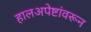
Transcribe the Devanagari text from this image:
हालअपेष्टांवरून